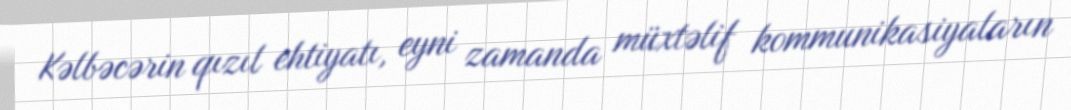
Kəlbəcərin qızıl ehtiyatı, eyni zamanda müxtəlif kommunikasiyaların